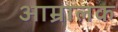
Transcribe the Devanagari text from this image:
आम्रालक